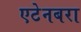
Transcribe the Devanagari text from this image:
एटेनबरा